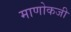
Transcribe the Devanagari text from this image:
माणोकजी